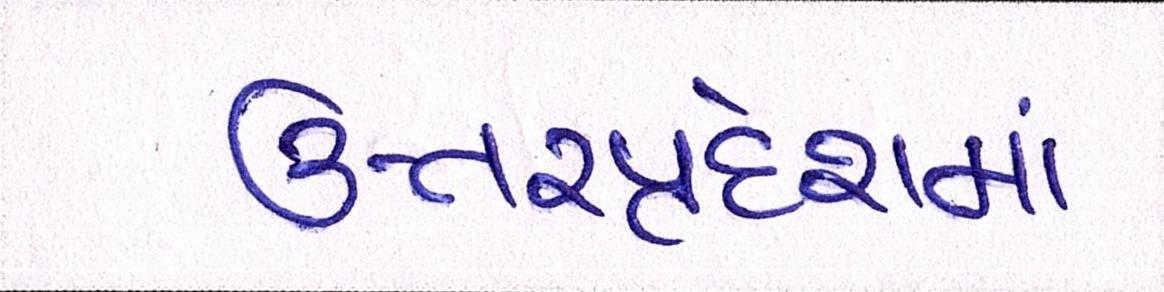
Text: ઉત્તરપ્રદેશમાં